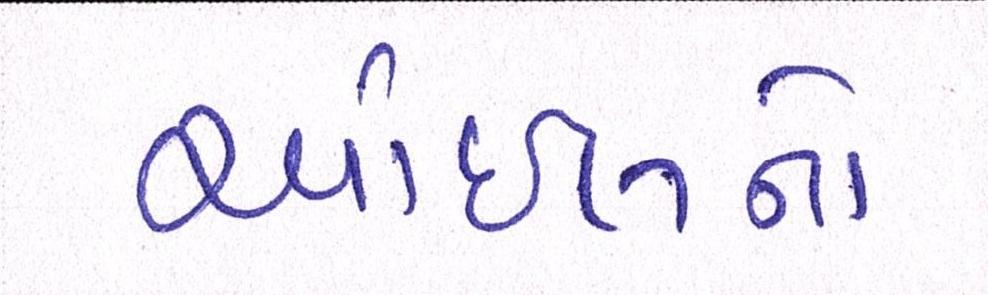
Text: ઓઇલનો